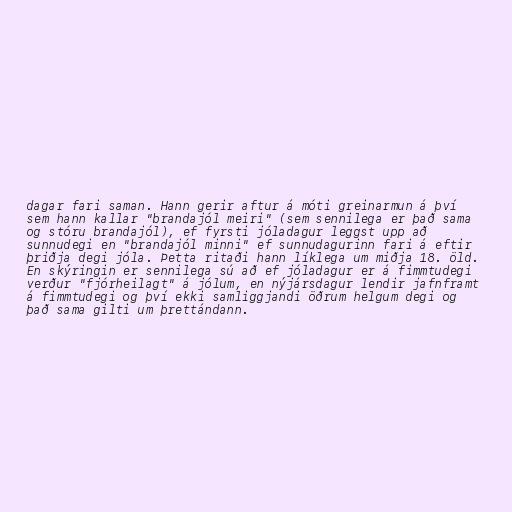
dagar fari saman. Hann gerir aftur á móti greinarmun á því
sem hann kallar "brandajól meiri" (sem sennilega er það sama
og stóru brandajól), ef fyrsti jóladagur leggst upp að
sunnudegi en "brandajól minni" ef sunnudagurinn fari á eftir
þriðja degi jóla. Þetta ritaði hann líklega um miðja 18. öld.
En skýringin er sennilega sú að ef jóladagur er á fimmtudegi
verður "fjórheilagt" á jólum, en nýjársdagur lendir jafnframt
á fimmtudegi og því ekki samliggjandi öðrum helgum degi og
það sama gilti um þrettándann.